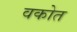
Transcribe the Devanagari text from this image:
वकोत